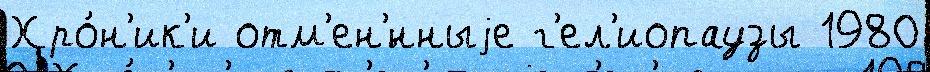
Хро́н'ик'и отм'ен'́нныjе г'ел'иопаузы 1980